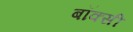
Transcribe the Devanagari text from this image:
बॉक्सी